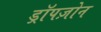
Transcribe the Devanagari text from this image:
ड्रॉपज़ोन